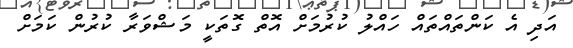
އަދި އެ ކަންތައްތައް ހައްލު ކުރުމަށް އޮތް ގޮތަކީ މަޝްވަރާ ކުރުން ކަމަށް